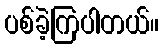
ပစ်ခဲ့ကြပါတယ်။